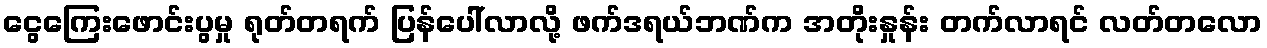
ငွေကြေးဖောင်းပွမှု ရုတ်တရက် ပြန်ပေါ်လာလို့ ဖက်ဒရယ်ဘဏ်က အတိုးနှုန်း တက်လာရင် လတ်တလော